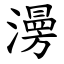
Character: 澷